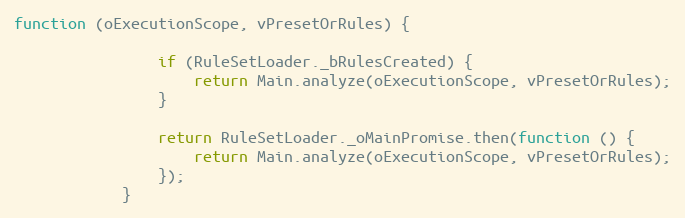
Language: JavaScript
function (oExecutionScope, vPresetOrRules) {

				if (RuleSetLoader._bRulesCreated) {
					return Main.analyze(oExecutionScope, vPresetOrRules);
				}

				return RuleSetLoader._oMainPromise.then(function () {
					return Main.analyze(oExecutionScope, vPresetOrRules);
				});
			}